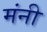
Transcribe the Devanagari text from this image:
मंनी